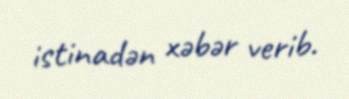
istinadən xəbər verib.